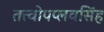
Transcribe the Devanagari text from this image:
तत्त्वोपप्लवसिंह